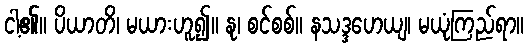
ငါ့၏။ ပိယာတိ၊ မယားဟူ၍။ နု၊ စင်စစ်။ နသဒ္ဒဟေယျ၊ မယုံကြည်ရာ။